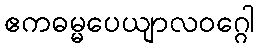
ဧကဓမ္မပေယျာလဝဂ္ဂေါ